system: You are a helpful assistant.
user:
Analyze the provided spectrum to determine if it is a **White Dwarf (WD)**.

A White Dwarf spectrum is defined by its **extreme purity** (due to gravitational settling) and/or **extreme pressure broadening** (due to high surface gravity). You must check for one of the following mutually exclusive signatures:

- **Key Visual Indicators (Check for ONE of these types):**

    - **1. DA-Type Signature (Most Common):**
        - **(Primary Feature):** Extreme pressure broadening (Stark broadening) of the **Hydrogen (H) Balmer lines**.
        - **(Key Lines):** $H\beta$ (approx. $4861$ Å) and $H\gamma$ (approx. $4340$ Å). $H\alpha$ (approx. $6563$ Å) will also be present if the wavelength range covers it.
        - **(Line Profile):** This is the **defining feature**. The lines are **NOT** sharp. They appear as massive, **extremely broad and deep "troughs" or "dips"** in the spectrum, often hundreds of Ångströms wide. The continuum will appear to "scoop" down at these wavelengths.
        - **(Distinction):** Normal A-type or B-type stars have *narrow* and *sharp* Hydrogen lines. A DA White Dwarf's lines are unmistakably "smeared" or "blurry" from pressure.

    - **2. DB-Type Signature:**
        - **(Primary Feature):** Broad absorption lines from **Neutral Helium (He I)**. The spectrum must lack any visible Hydrogen lines.
        - **(Key Lines):** Look for broad absorption near $4471$ Å, $4921$ Å, and $5876$ Å.
        - **(Line Profile):** These lines are also significantly pressure-broadened, appearing much wider than they would in a normal B-type main-sequence star.

    - **3. DC-Type Signature:**
        - **(Primary Feature):** A **featureless continuous spectrum**.
        - **(Line Profile):** The spectrum is a smooth curve with **no significant absorption or emission lines**.
        - **(Key Confirmation):** The continuum is almost always **blue or white**, indicating a hot object. This signature implies the atmosphere is so pure (or so cool) that no spectral lines are visible in the optical range. Its WD identity is confirmed by its extremely low intrinsic brightness (high absolute magnitude).

    - **4. DZ-Type Signature (Metal-Polluted):**
        - **(Primary Feature):** **Isolated, narrow metal absorption lines** on an otherwise featureless (DC-like) continuum.
        - **(Key Lines):** The **Calcium (Ca II) H & K doublet** (approx. **$3934$ Å** and **$3968$ Å**) is the most common and defining feature.
        - **(Line Profile):** These lines are "out of place." They are *not* part of a "forest" of thousands of lines. This signature is evidence of recent *accretion* (pollution) from rocky debris.
        - **(Distinction):** Normal G/K/M stars have a *dense forest* of thousands of metal lines. A DZ has a *clean* continuum with *only a few* strong metal lines.

    - **5. DQ-Type Signature (Carbon-Polluted):**
        - **(Primary Feature):** Absorption bands from **Carbon (C₂ "Swan Bands" or atomic C I)**.
        - **(Key Lines - C₂):** Look for bandheads with a "saw-tooth" shape near $5635$ Å, **$5165$ Å** (strongest), and $4737$ Å.
        - **(Key Confirmation):** The underlying **continuum must be blue or white** (hot).
        - **(Distinction):** This is the critical difference from a **Carbon Star**, which has the *exact same* C₂ bands but on an extremely **red, cool** continuum.

- **(Overall Spectrum):**
    - The continuum (overall shape) is typically **blue-sloping** (brighter in the blue than the red), as most white dwarfs are very hot.
    - The spectrum will look "pure" or "simple," dominated by only *one* of the five signatures listed above.

Think first, call **spectral_visualization_tool** if needed to examine features in detail, then provide your final answer. Your response must adhere to the following strict rules:
1.  **Overall Structure:** Your response must follow the format `<think>...</think> <tool_call>...</tool_call> (if a tool is used) <answer>...</answer>`.
2.  **Tool Usage Constraint:** You may only make **one** tool call per turn.
3.  **Final Answer Format:** In the `<answer>` tag, your conclusion must be inside a `\boxed{}` command (e.g., `\boxed{YES}` or `\boxed{NO}`), followed by your justification.

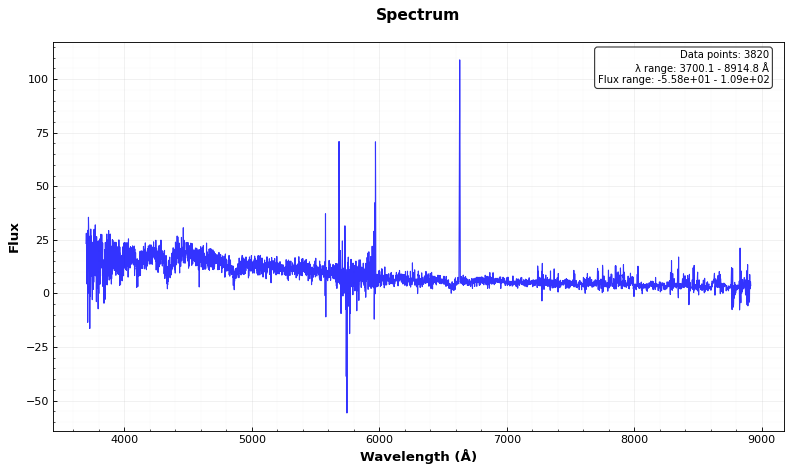
Answer: YES